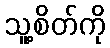
သူ့စိတ်ကို